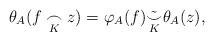
LaTeX: \begin{align*} \theta_A(f\underset{K}{\frown}z) = \varphi_A(f) \tilde{\underset{K}{\smile}} \theta_A(z),\end{align*}